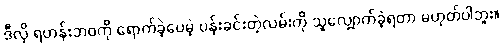
ဒီလို ရဟန်းဘဝကို ရောက်ခဲ့ပေမဲ့ ပန်းခင်းတဲ့လမ်းကို သူလျှောက်ခဲ့ရတာ မဟုတ်ပါဘူး။